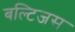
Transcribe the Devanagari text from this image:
बल्टिजस